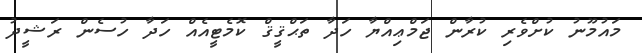
މައުމޫނު ކުށްވެރި ކުރާން ޖަމްޢިއްޔާ ހަދާ ތަޙްޤީޤް ކޮމެޓީއެއް ހަދާ ހުސެން ރަޝީދު